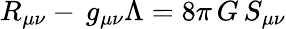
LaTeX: R_{\mu\nu}-\, g_{\mu\nu}\Lambda=8\pi\, G\, S_{\mu\nu}